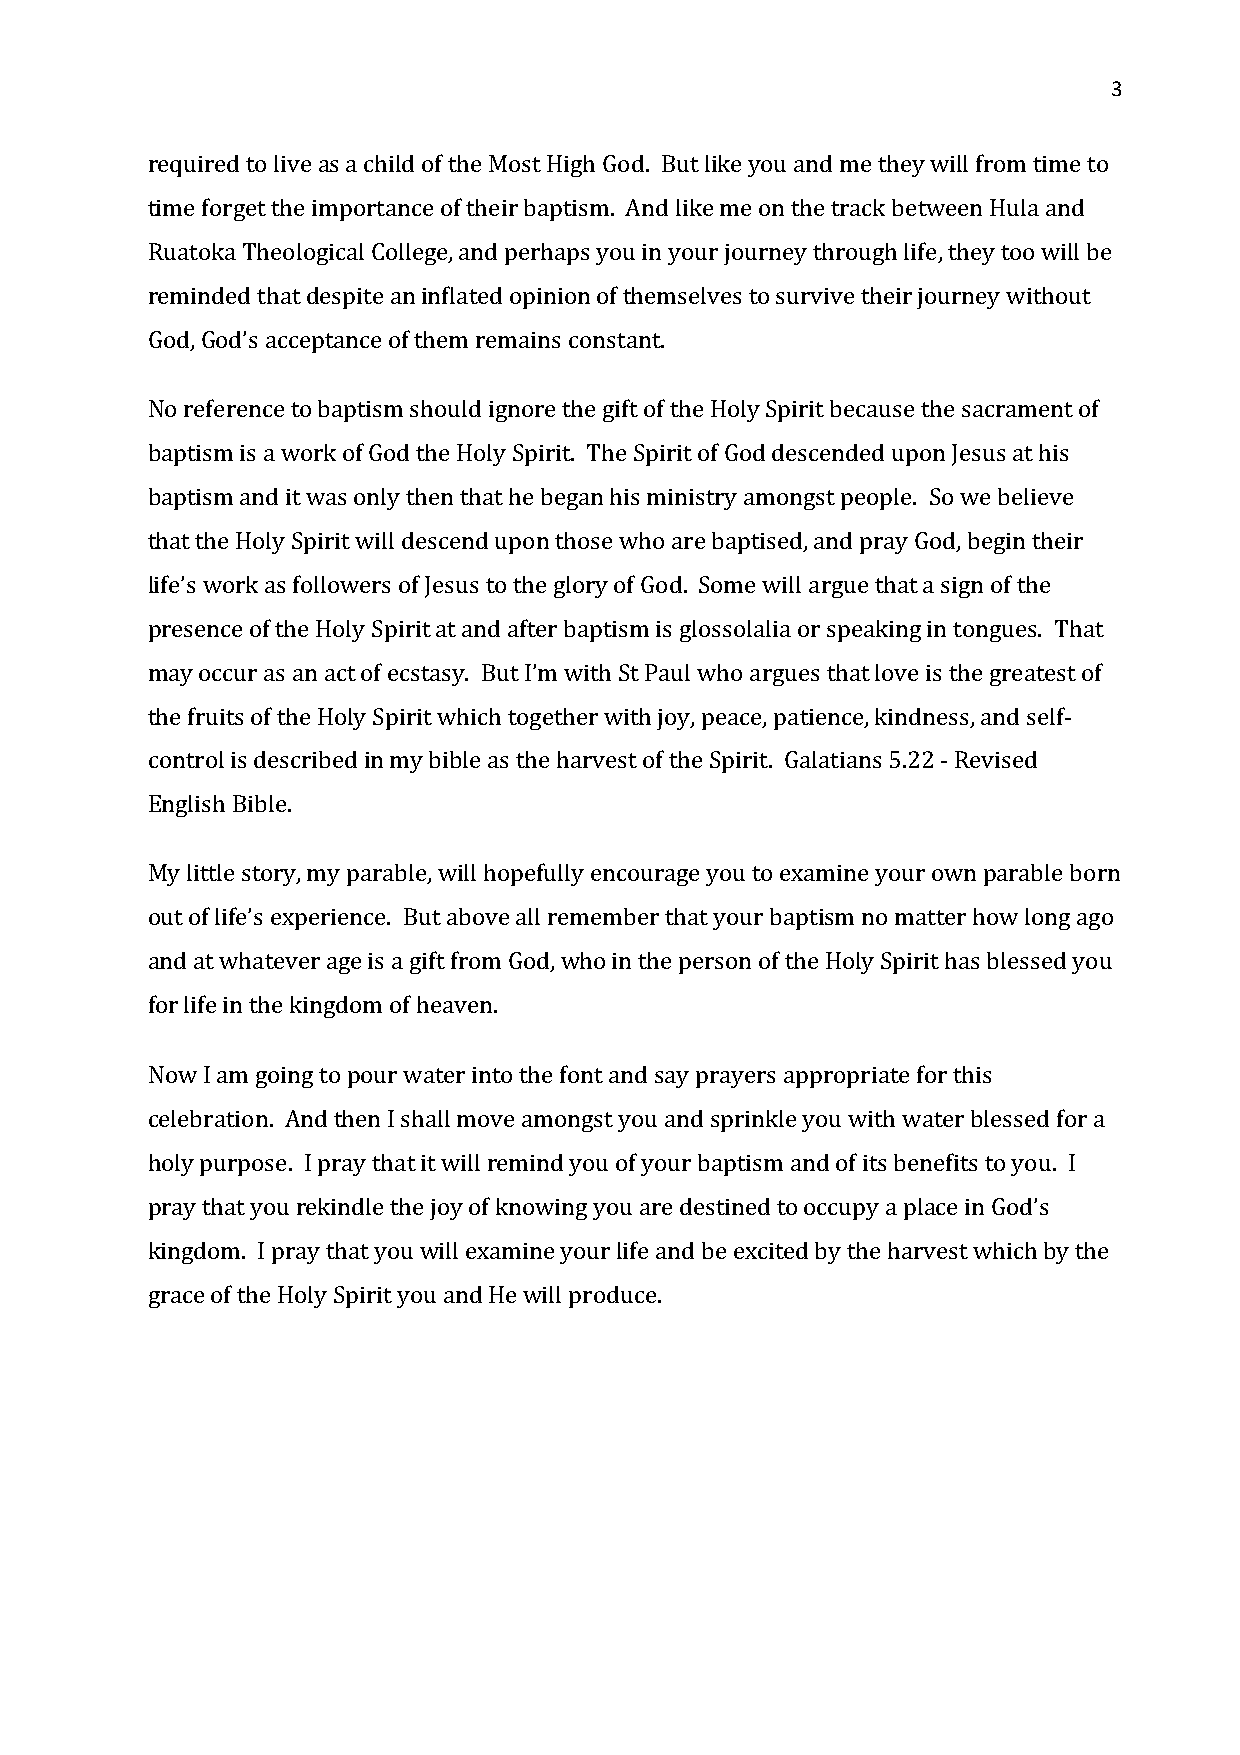
3
 required to live as a child of the Most High God. But like you and me they will from time to
 time forget the importance of their baptism. And like me on the track between Hula and
 Ruatoka Theological College, and perhaps you in your journey through life, they too will be
 reminded that despite an inflated opinion of themselves to survive their journey without
 God, God’s acceptance of them remains constant.
 No reference to baptism should ignore the gift of the Holy Spirit because the sacrament of
 baptism is a work of God the Holy Spirit. The Spirit of God descended upon Jesus at his
 baptism and it was only then that he began his ministry amongst people. So we believe
 that the Holy Spirit will descend upon those who are baptised, and pray God, begin their
 life’s work as followers of Jesus to the glory of God. Some will argue that a sign of the
 presence of the Holy Spirit at and after baptism is glossolalia or speaking in tongues. That
 may occur as an act of ecstasy. But I’m with St Paul who argues that love is the greatest of
 the fruits of the Holy Spirit which together with joy, peace, patience, kindness, and self-
 control is described in my bible as the harvest of the Spirit. Galatians 5.22 - Revised
 English Bible.
 My little story, my parable, will hopefully encourage you to examine your own parable born
 out of life’s experience. But above all remember that your baptism no matter how long ago
 and at whatever age is a gift from God, who in the person of the Holy Spirit has blessed you
 for life in the kingdom of heaven.
 Now I am going to pour water into the font and say prayers appropriate for this
 celebration. And then I shall move amongst you and sprinkle you with water blessed for a
 holy purpose. I pray that it will remind you of your baptism and of its benefits to you. I
 pray that you rekindle the joy of knowing you are destined to occupy a place in God’s
 kingdom. I pray that you will examine your life and be excited by the harvest which by the
 grace of the Holy Spirit you and He will produce.